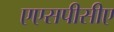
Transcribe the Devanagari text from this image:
एएसपीसीए